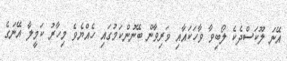
އޭނަ ލޫކަސްދެކެ ލޯބިވާ ވާހަކައާއި ވަރިވާން ބޭނުންކަމުގައި ހެއްޔެވެ މިހާރު ކަމީލާ އޭނަގެ